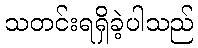
သတင်းရရှိခဲ့ပါသည်